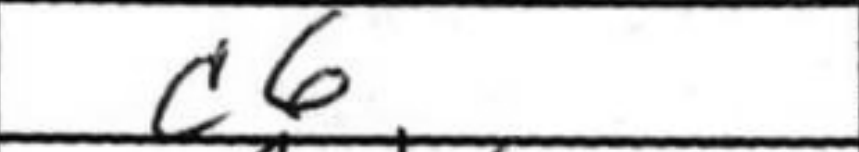
Transcription: c6